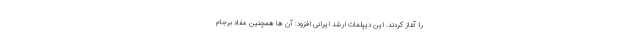
را آغاز کردند. این دیپلمات ارشد ایرانی افزود: آن ها همچنین مفاد برجام